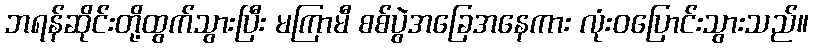
ဘရန်ဆိုင်းတို့ထွက်သွားပြီး မကြာမီ စစ်ပွဲအခြေအနေကား လုံးဝပြောင်းသွားသည်။